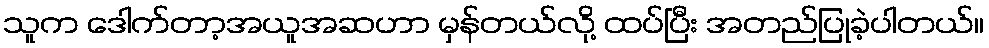
သူက ဒေါက်တာ့အယူအဆဟာ မှန်တယ်လို့ ထပ်ပြီး အတည်ပြုခဲ့ပါတယ်။